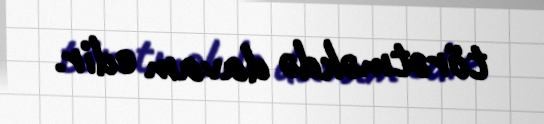
törətməkdə davam edir.